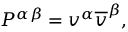
P ^ { \alpha \beta } = v ^ { \alpha } \overline { { { v } } } ^ { \beta } ,